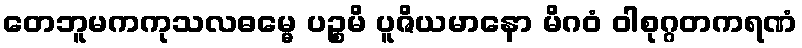
တေဘူမကကုသလဓမ္မေ ပဉ္စမိ ပူဇိယမာနော မိဂဝံ ဝါစုဂ္ဂတကရဏံ